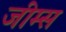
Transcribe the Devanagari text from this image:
जीम्स